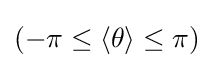
(-\pi \leq \langle \theta \rangle \leq \pi )